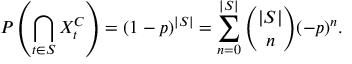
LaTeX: P \left( \bigcap _ { t \in S } X _ { t } ^ { C } \right) = ( 1 - p ) ^ { | S | } = \sum _ { n = 0 } ^ { | S | } { \binom { | S | } { n } } ( - p ) ^ { n } .